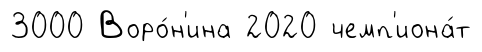
3000 Воро́н'ина 2020 чемп'иона́т